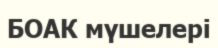
БОАК мүшелері